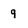
Character: 9